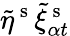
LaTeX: \tilde{\eta}^{\mathrm{~s~}}\tilde{\xi}_{\alpha t}^{\mathrm{~s~}}